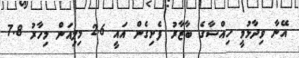
އޭނާ ވިދާޅުވީ ހިއްސާގެ ބާޒާރު ފެށިގެން އައީ 2.6 މިލިއަން މިހާރު 7.8